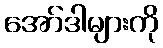
အော်ဒါများကို